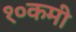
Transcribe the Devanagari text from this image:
१०कमी